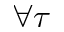
\forall \tau